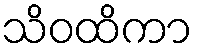
သိဝထိကာ